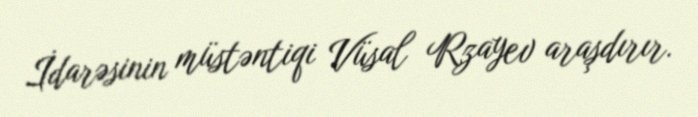
İdarəsinin müstəntiqi Vüsal Rzayev araşdırır.